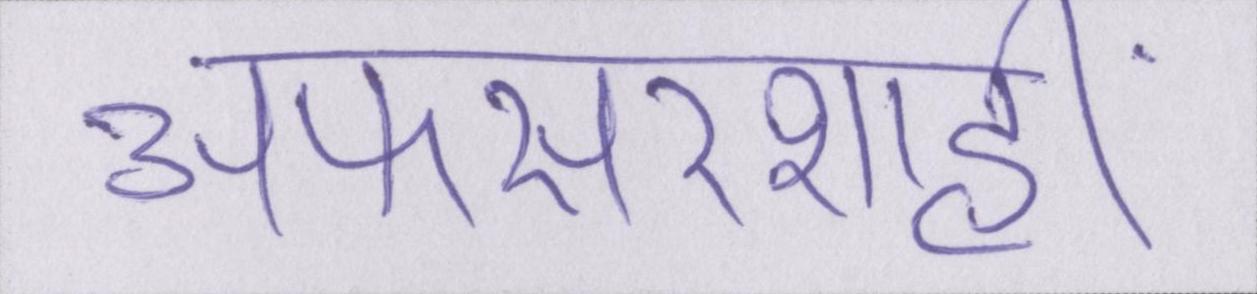
अफसरशाही